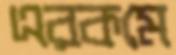
এরকমে